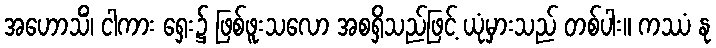
အဟောသိံ၊ ငါကား ရှေး၌ ဖြစ်ဖူးသလော အစရှိသည်ဖြင့် ယုံမှားသည် တစ်ပါး။ ကဿံ နု